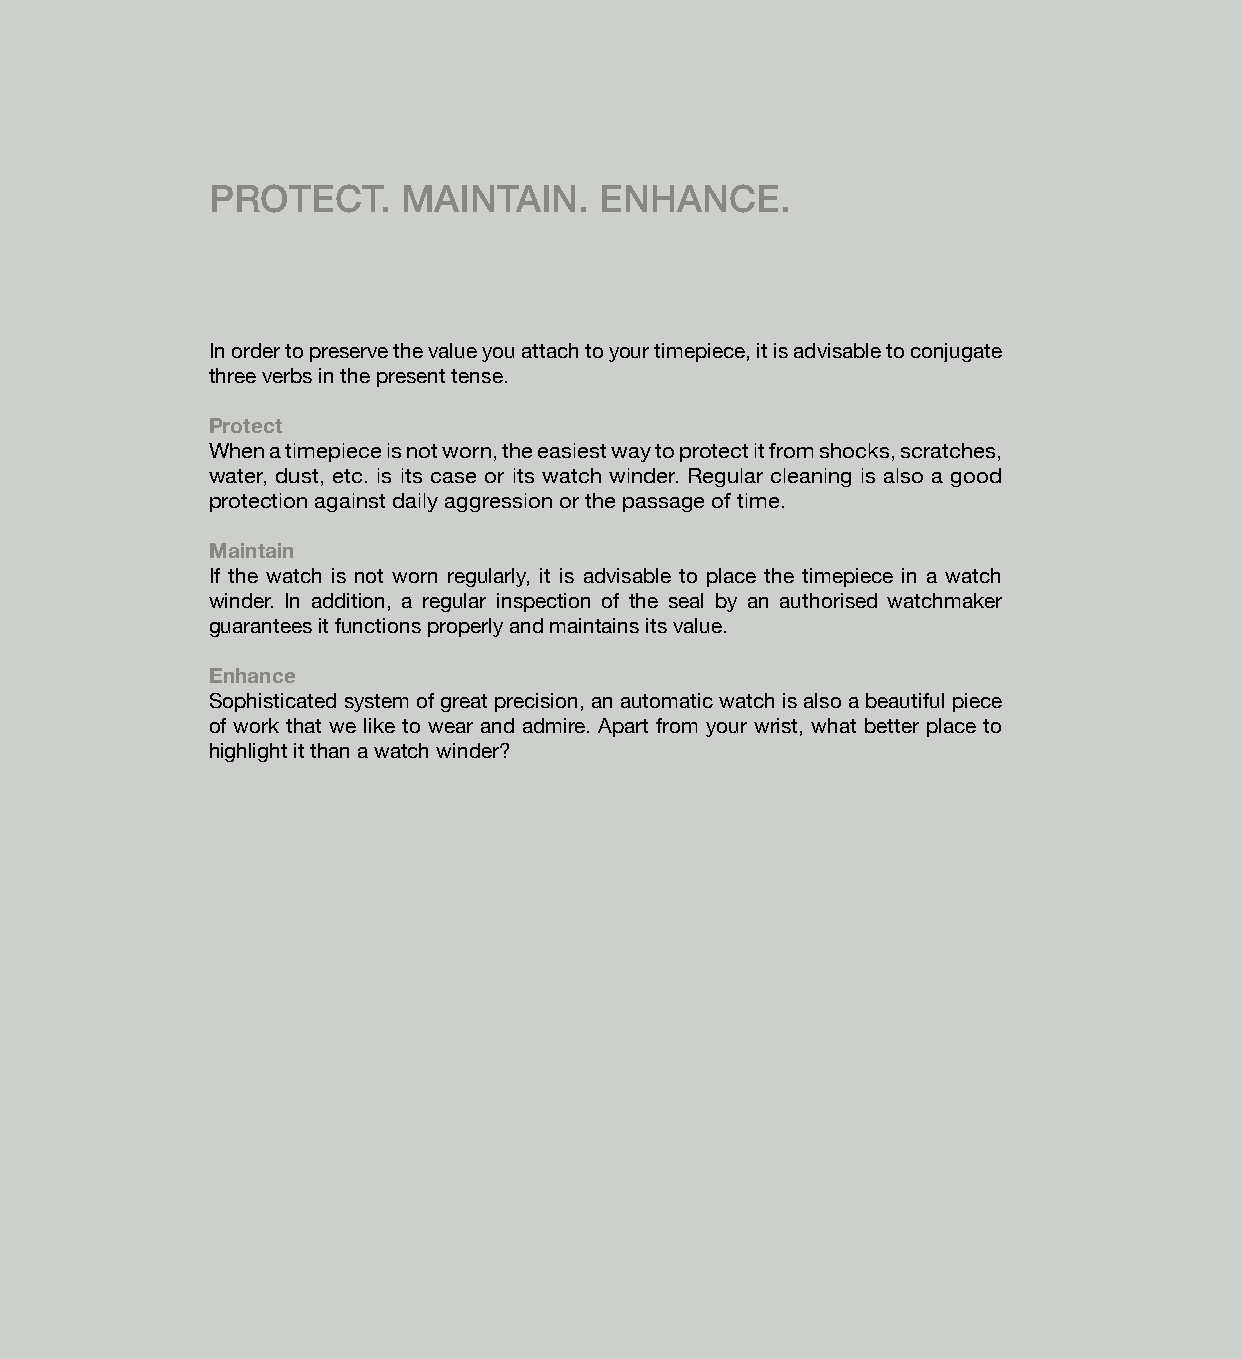
PROTECT.     MAINTAIN.    ENHANCE.
 In order to preserve the value you attach to your timepiece, it is advisable to conjugate
 three verbs in the present tense.
 Protect
 When a timepiece is not worn, the easiest way to protect it from shocks, scratches,
 water, dust, etc. is its case or its watch winder. Regular cleaning is also a good
 protection against daily aggression or the passage of time.
 Maintain
 If the watch is not worn regularly, it is advisable to place the timepiece in a watch
 winder. In addition, a regular inspection of the seal by an authorised watchmaker
 guarantees it functions properly and maintains its value.
 Enhance
 Sophisticated system of great precision, an automatic watch is also a beautiful piece
 of work that we like to wear and admire. Apart from your wrist, what better place to
 highlight it than a watch winder?